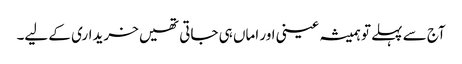
آج سے پہلے تو ہمیشہ عینی اور اماں ہی جاتی تھیں خریداری کے لیے۔